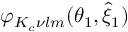
\varphi _ { K _ { c } \nu l m } ( \theta _ { 1 } , \hat { \xi } _ { 1 } )